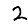
Digit: 2